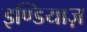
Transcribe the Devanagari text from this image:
इण्डियाज़